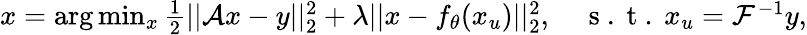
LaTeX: \begin{array}{r}{x=\arg\operatorname*{min}_{x}\frac{1}{2}||\mathcal{A}x-y||_{2}^{2}+\lambda||x-f_{\theta}(x_{u})||_{2}^{2},\quad\mathrm{~s~.~t~.~}x_{u}=\mathcal{F}^{-1}y,}\end{array}